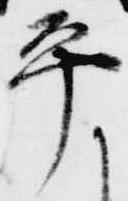
平